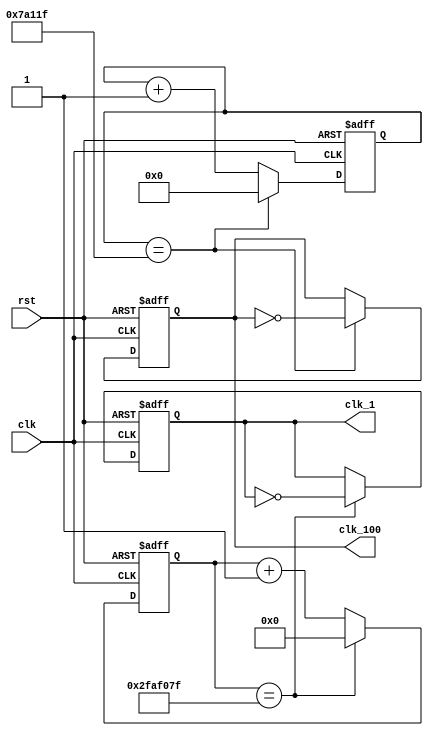
`timescale 1ns / 1ps
//////////////////////////////////////////////////////////////////////////////////
// Company: 
// Engineer: 
// 
// Design Name: 
// Module Name: clock_generator
// Project Name: 
// Target Devices: 
// Tool Versions: 
// Description: 
// 
// Dependencies: 
// 
// Revision:
// Revision 0.01 - File Created
// Additional Comments:
// 
//////////////////////////////////////////////////////////////////////////////////
`define DIV_BY_50M 50_000_000
`define DIV_BY_50M_BIT_WIDTH 27
`define DIV_BY_500K 500_000
`define DIV_BY_500K_BIT_WIDTH 20
module clock_generator(
    clk_1,
    clk_100,
    clk,
    rst
    );
    
    output clk_1;
    output clk_100;
    
    input clk;
    input rst;
    
    reg clk_1;
    reg clk_100;
    reg [`DIV_BY_50M_BIT_WIDTH-1:0] count_50M,count_50M_next;
    reg [`DIV_BY_500K_BIT_WIDTH-1:0] count_500K,count_500K_next;
    reg clk_1_next;
    reg clk_100_next;
    
    //clk_1
    always@(*)
        if(count_50M==`DIV_BY_50M-1)
        begin
            count_50M_next=`DIV_BY_50M_BIT_WIDTH'd0;
            clk_1_next=~clk_1;
        end
        else
        begin
            count_50M_next=count_50M+1'b1;
            clk_1_next=clk_1;
        end 
    
    always@(posedge clk or posedge rst)
        if(rst)
        begin
            count_50M<=`DIV_BY_50M_BIT_WIDTH'b0;
            clk_1<=1'b0;
        end
        else
        begin
            count_50M<=count_50M_next;
            clk_1<=clk_1_next;
        end
        
    //clk_100
    always@(*)
        if(count_500K==`DIV_BY_500K-1)
        begin
            count_500K_next=`DIV_BY_500K_BIT_WIDTH'd0;
            clk_100_next=~clk_100;
        end
        else
        begin
            count_500K_next=count_500K+1'b1;
            clk_100_next=clk_100;
        end
        
    always@(posedge clk or posedge rst)
        if(rst)
        begin
            count_500K<=`DIV_BY_500K_BIT_WIDTH'b0;
            clk_100<=1'b0;
        end
        else
        begin
            count_500K<=count_500K_next;
            clk_100<=clk_100_next;
        end
        
endmodule